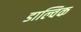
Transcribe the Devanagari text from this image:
डाल्विक